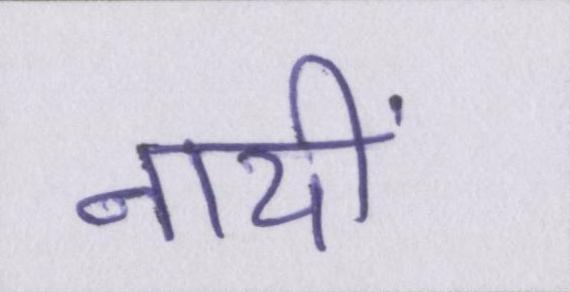
नायीं